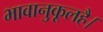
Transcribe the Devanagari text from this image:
भावानुकूलहै।